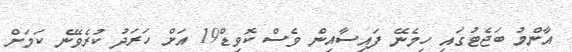
އާންމު ބަޖެޓުގައި ހިމެނޭ ފައިސާއިން ވެސް ކޮވިޑް19 އަށް ހަރަދު ކުރެވޭނެ ކަމަށް